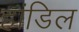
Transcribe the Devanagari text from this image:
हांडिल